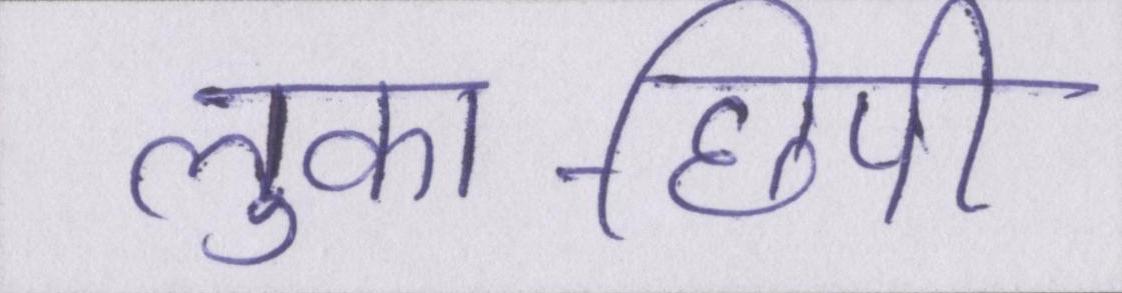
लुका-छिपी